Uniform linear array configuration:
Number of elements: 16
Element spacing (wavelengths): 0.5
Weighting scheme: binomial
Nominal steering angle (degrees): -45
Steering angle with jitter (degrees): -43.232
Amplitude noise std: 0.05
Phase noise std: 0.05

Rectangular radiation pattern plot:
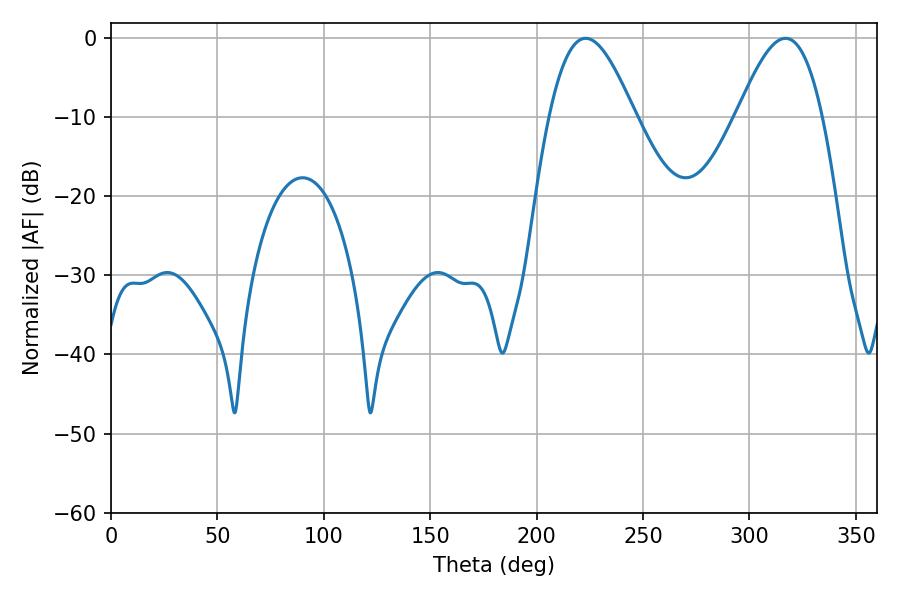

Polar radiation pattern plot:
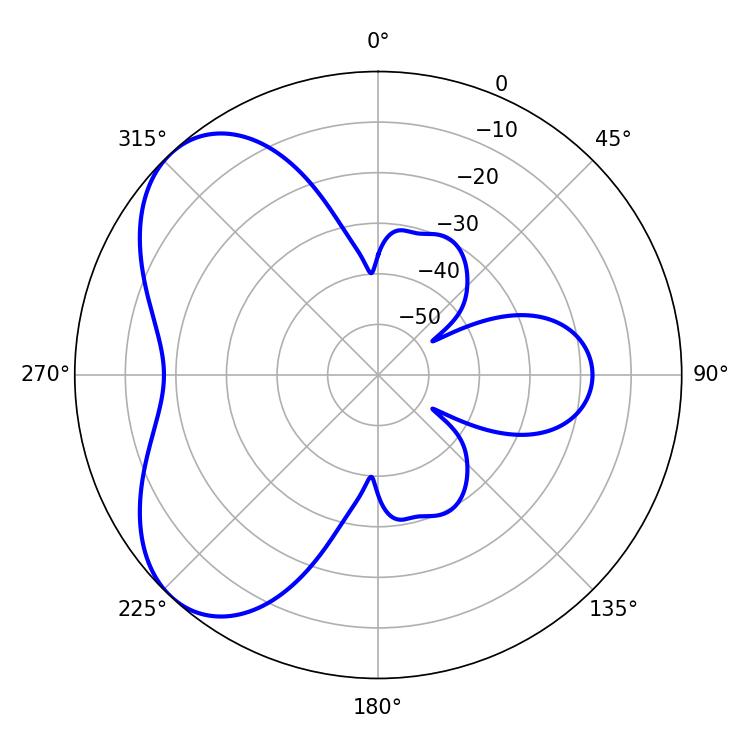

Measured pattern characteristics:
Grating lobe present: FALSE
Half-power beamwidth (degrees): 21.6
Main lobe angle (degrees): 223.02